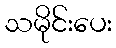
သမိုင်းပေး